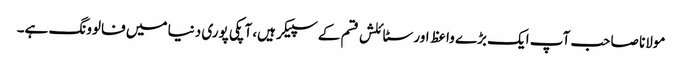
مولانا صاحب آپ ایک بڑے واعظ اور سٹائلش قسم کے سپیکر ہیں، آپکی پوری دنیا میں فالوونگ ہے۔